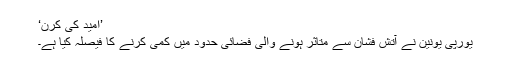
’امید کی کرن‘
یورپی یونین نے آتش فشان سے متاثر ہونے والی فضائی حدود میں کمی کرنے کا فیصلہ کیا ہے۔